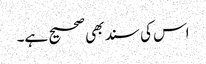
اس کی سند بھی صحیح ہے۔